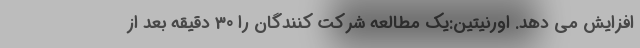
افزایش می دهد. اورنیتین:یک مطالعه شرکت کنندگان را 30 دقیقه بعد از